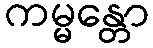
ကမ္မန္တော